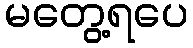
မတွေ့ရပေ